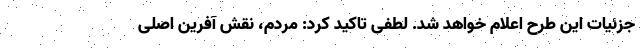
جزئیات این طرح اعلام خواهد شد. لطفی تاکید کرد: مردم، نقش آفرین اصلی